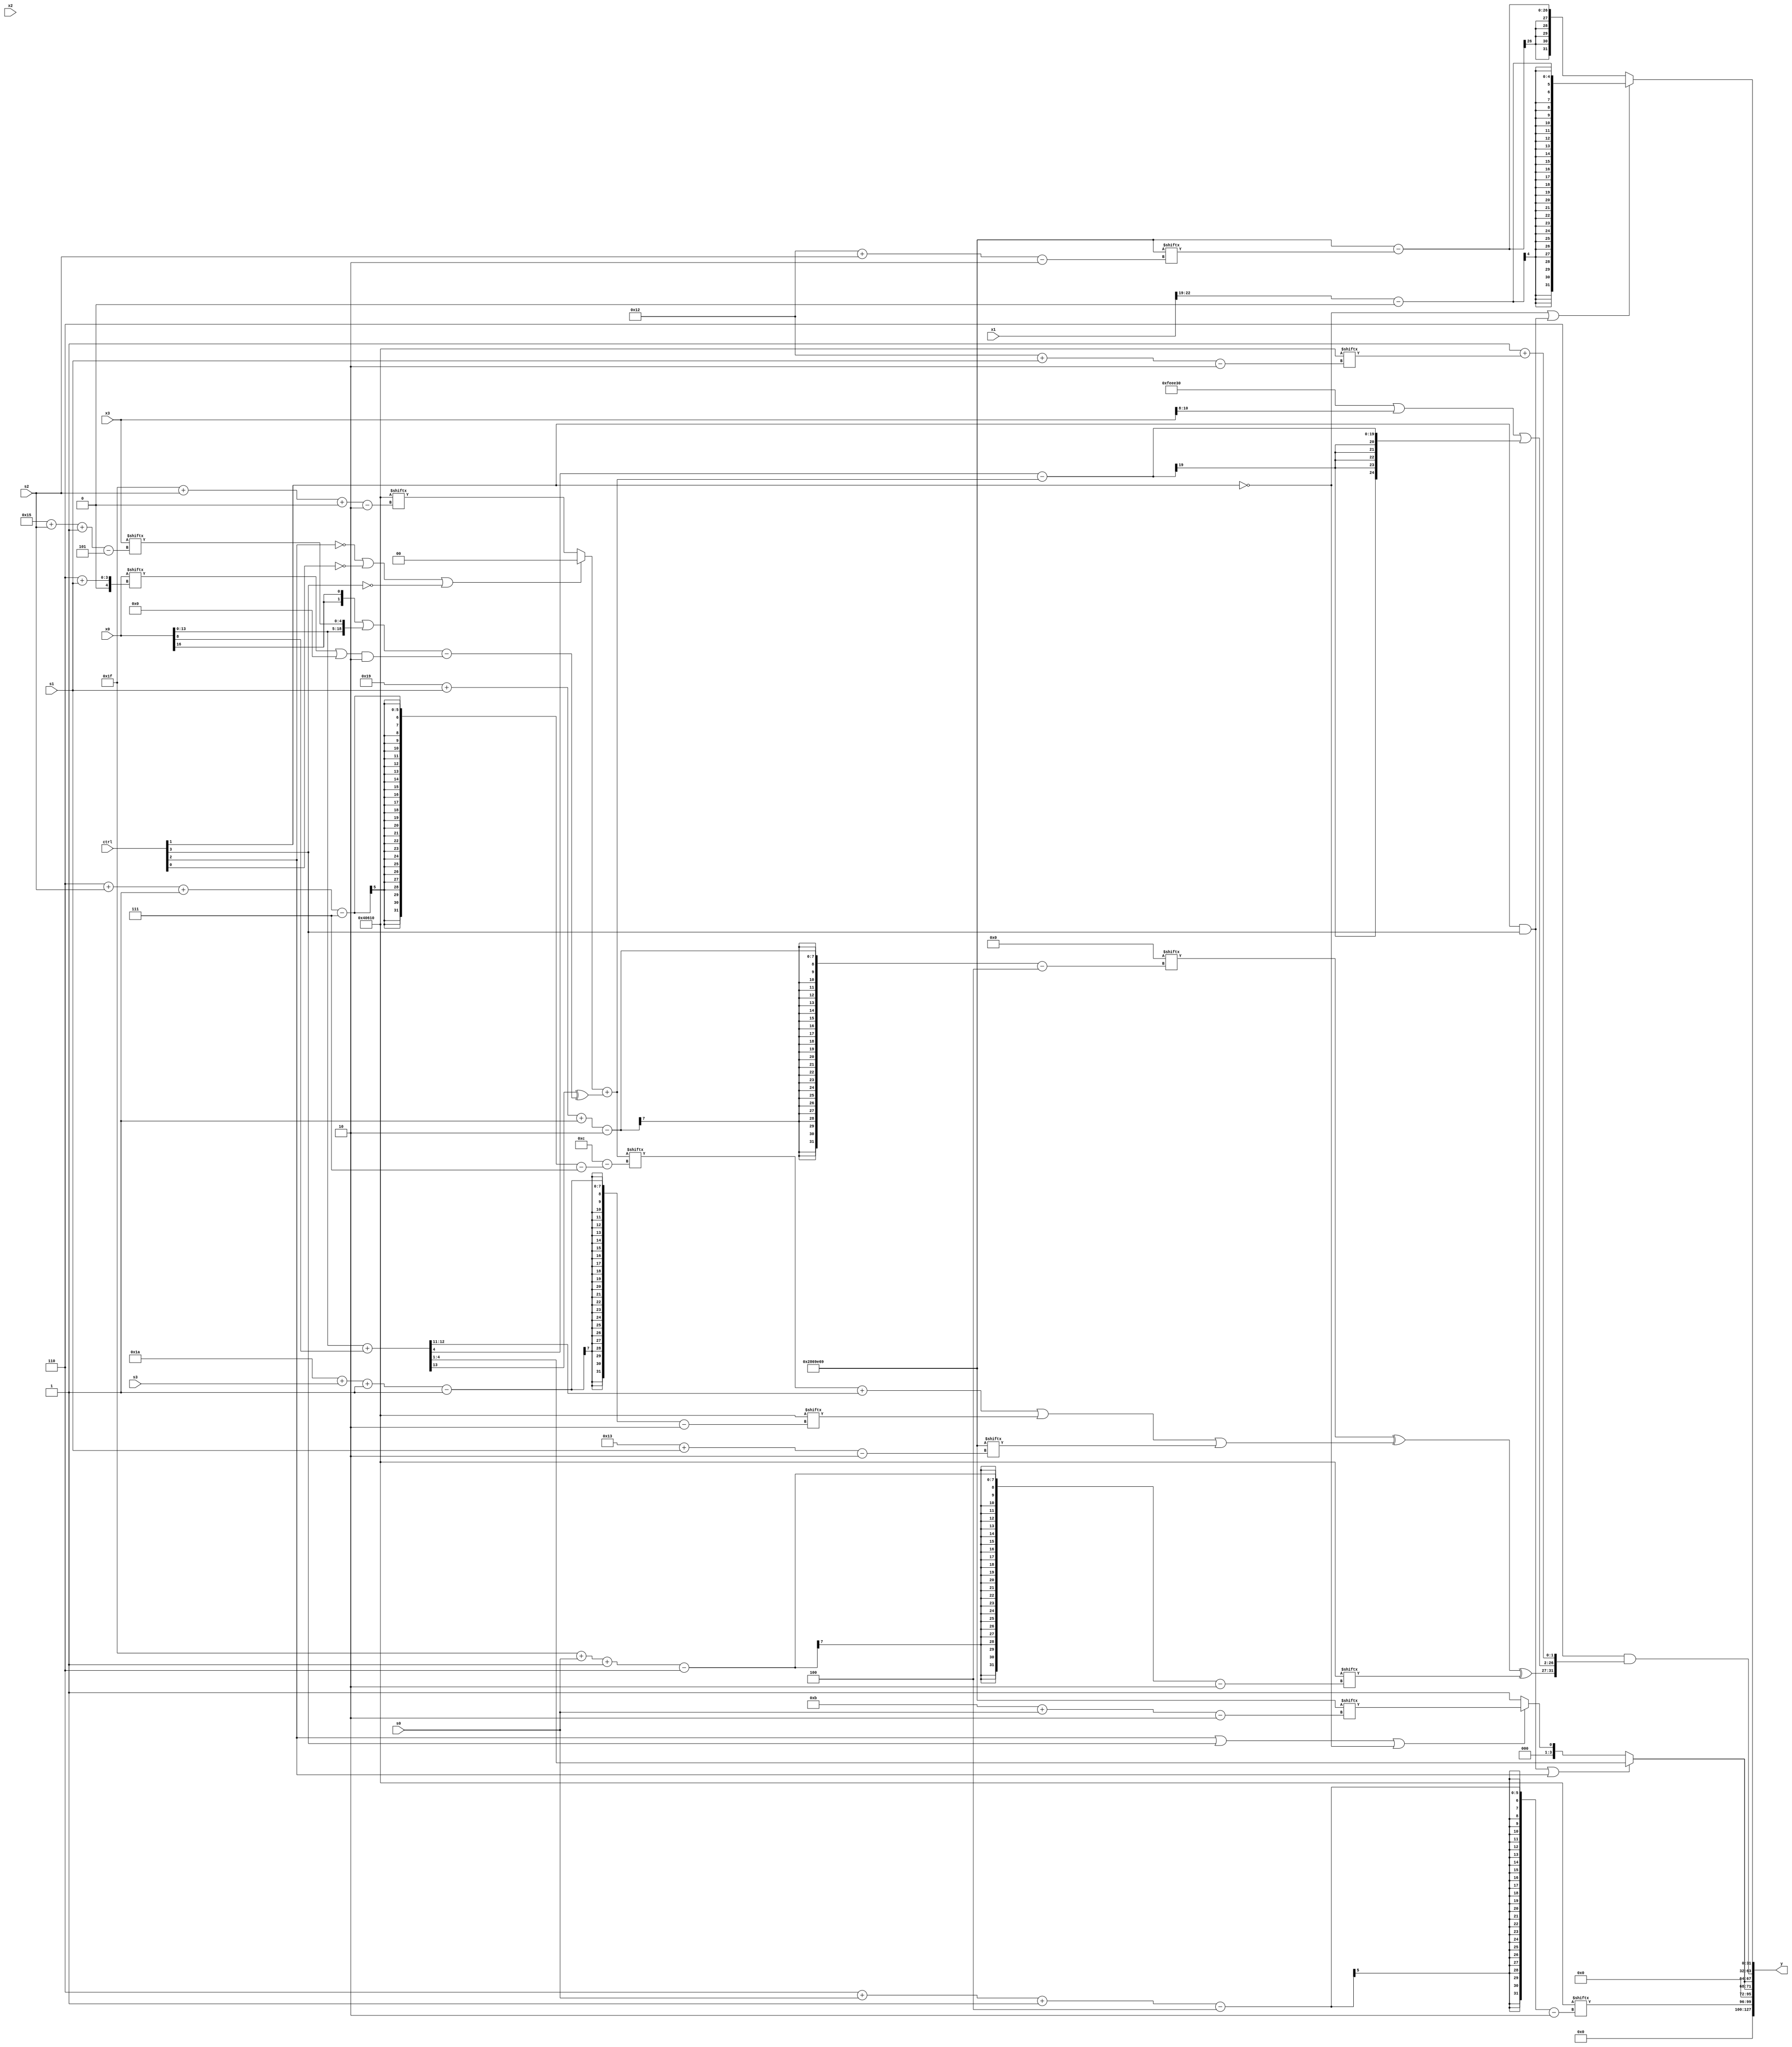
module partsel_00971(ctrl, s0, s1, s2, s3, x0, x1, x2, x3, y);
  input [3:0] ctrl;
  input [2:0] s0;
  input [2:0] s1;
  input [2:0] s2;
  input [2:0] s3;
  input signed [31:0] x0;
  input [31:0] x1;
  input signed [31:0] x2;
  input [31:0] x3;
  wire signed [27:7] x4;
  wire [30:7] x5;
  wire signed [7:27] x6;
  wire [27:5] x7;
  wire [24:6] x8;
  wire [31:6] x9;
  wire [7:25] x10;
  wire [6:31] x11;
  wire signed [24:4] x12;
  wire [2:31] x13;
  wire [3:31] x14;
  wire signed [7:24] x15;
  output [127:0] y;
  wire signed [31:0] y0;
  wire signed [31:0] y1;
  wire [31:0] y2;
  wire signed [31:0] y3;
  assign y = {y0,y1,y2,y3};
  localparam signed [2:28] p0 = 78480435;
  localparam [27:2] p1 = 512138857;
  localparam signed [6:30] p2 = 889122352;
  localparam signed [24:2] p3 = 335808016;
  assign x4 = (!ctrl[2] || ctrl[1] && !ctrl[0] ? (x3[19 +: 1] & (x0[10 + s3] | x2[13 +: 4])) : p1[11 + s1 +: 2]);
  assign x5 = (x0 + x0[8]);
  assign x6 = p2[30 + s1 +: 3];
  assign x7 = p3;
  assign x8 = x1[10 +: 1];
  assign x9 = p1;
  assign x10 = ((!ctrl[2] || !ctrl[0] || !ctrl[3] ? (x7 & x8[8 +: 3]) : p3[31 + s2 +: 2]) + (x5[20] ^ (({2{x0[16 +: 1]}} | {x0, x3[21 + s2 -: 5]}) - ((x0[6 + s1] | (x7 & x4[19 -: 2])) & p1[18 +: 2]))));
  assign x11 = {(!ctrl[0] && !ctrl[1] && !ctrl[1] ? {2{x5}} : {(x5 - p3[8 + s0 -: 8]), x1[4 + s3]}), x5};
  assign x12 = p3[15 +: 3];
  assign x13 = {(p1 & (((!ctrl[2] && ctrl[0] && ctrl[0] ? p3[11] : p1[10 + s3]) | x2[22 -: 2]) - x11)), x1};
  assign x14 = {{(ctrl[2] || !ctrl[1] || !ctrl[0] ? x6[14 -: 1] : ((x10[5 + s2] - p1[20 -: 1]) & {2{((x10 | (p2[8 +: 3] - p1[23 + s0 -: 4])) ^ (p2[20 -: 1] | x5))}})), (x4[18 + s0 -: 3] | {2{x11[10 +: 1]}})}, p0[13 + s3]};
  assign x15 = x12;
  assign y0 = p3[6 + s0 -: 4];
  assign y1 = {2{(ctrl[1] && ctrl[3] || ctrl[2] ? x5[8 +: 4] : (ctrl[2] || ctrl[3] || !ctrl[1] ? p1[11 + s0] : p0[9]))}};
  assign y2 = {2{(p1[21 -: 4] & {((x12[25 + s1 -: 2] ^ (((x10[6 + s2 -: 7] + x5[19 -: 2]) | p3[26 + s3 -: 1]) | p1[19 + s1])) ^ p3[31 + s0 -: 6]), {((p2 | x3[8 +: 3]) | (x5[11] - x10)), (p2[15 -: 2] + p3[18 + s1])}})}};
  assign y3 = (!ctrl[1] || ctrl[1] && ctrl[3] ? (x13[9 +: 4] - x8[22]) : (p1 - p1[18 + s2]));
endmodule